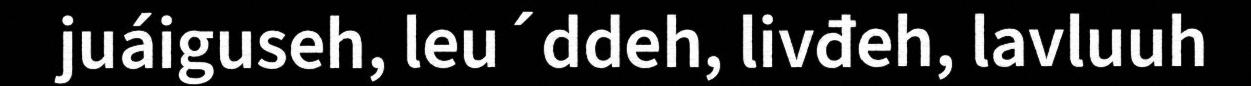
juáiguseh, leu´ddeh, livđeh, lavluuh